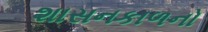
શાસનકાળનો